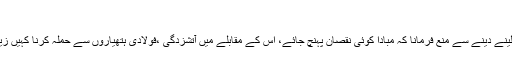
‘‘
ایک بنا نیام کی تلوار لینے دینے سے منع فرمانا کہ مبادا کوئی نقصان پہنچ جائے، اس کے مقابلے میں آتشزدگی ،فولادی ہتھیاروں سے حملہ کرنا کہیں زیادہ بڑا گناہ و ظلم ہے۔